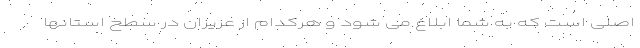
اصلی است که به شما ابلاغ می شود و هرکدام از عزیزان در سطح استانها